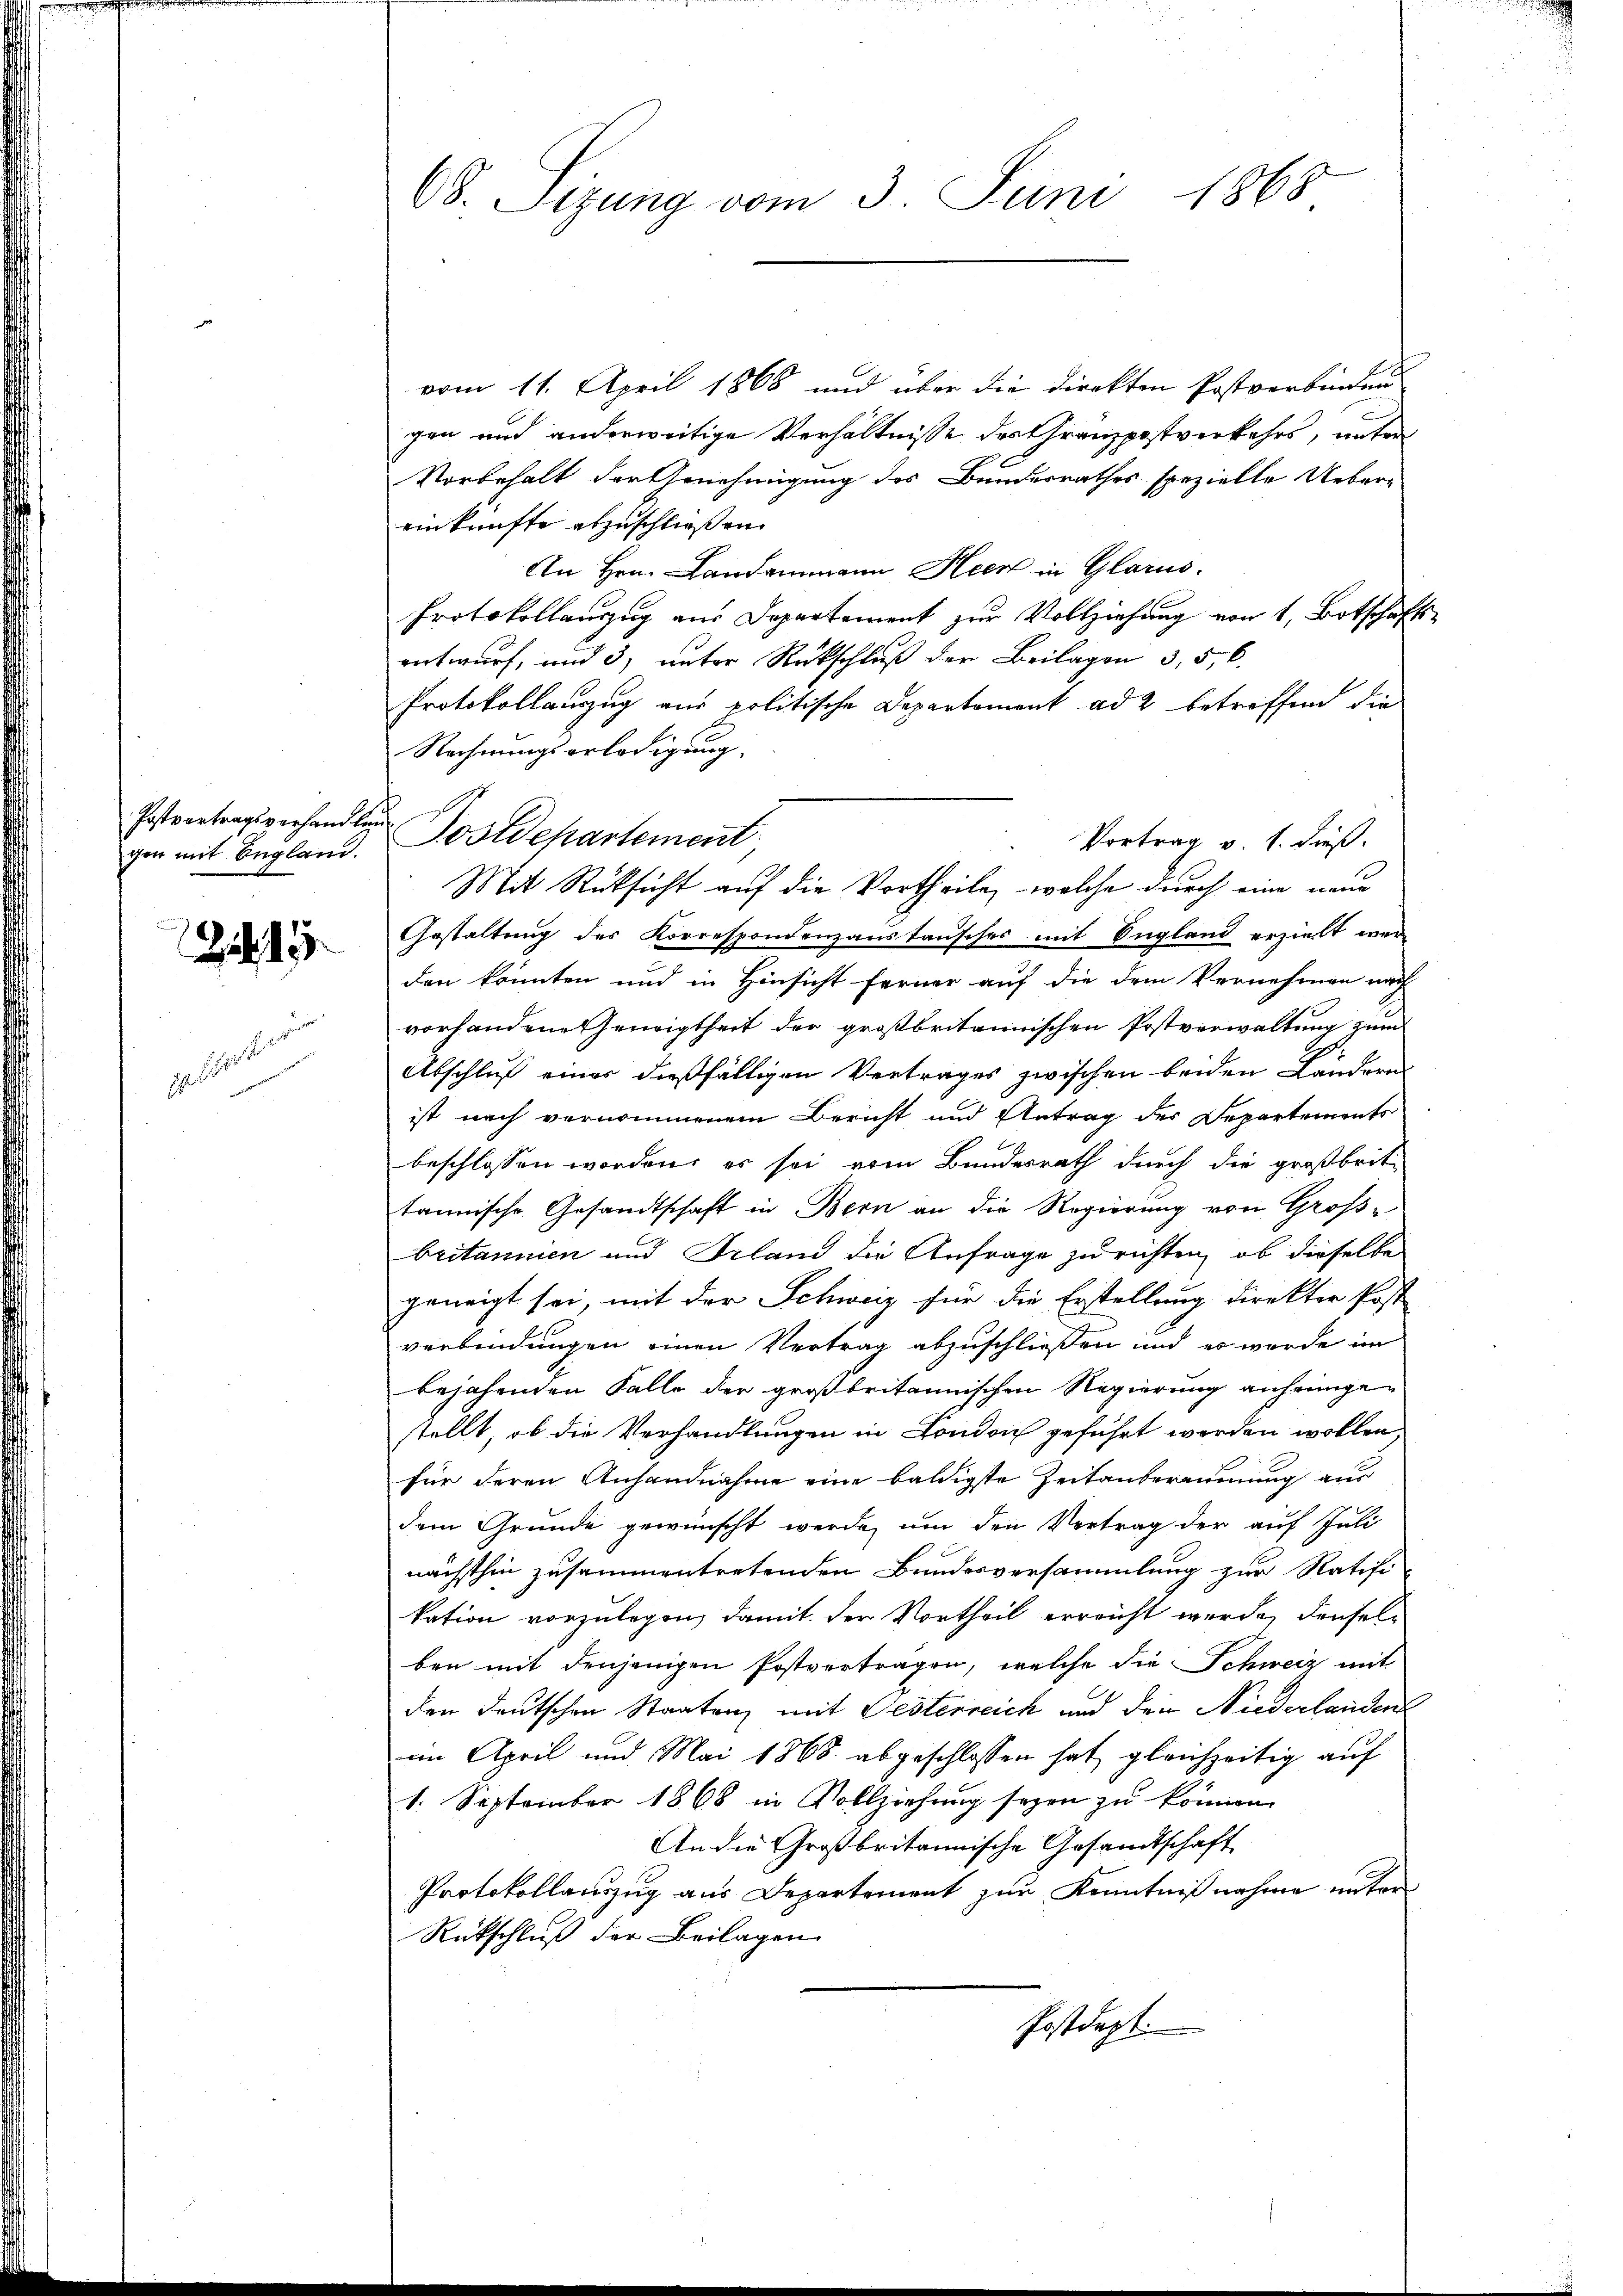
gen mit England.

12,15

geleister

68. Sitzung vom 3. Juni 1868

vom 11. April 1868 und über die direkten Postverbindung
gen und anderweitige Verhältnisse des Granzpostverkehrs, unter
Vorbehalt der Genehmigung des Bundesrathes spezielle Uebere
einkünfte abzuschließen.
An Hrn. Landammann Heck in Glarus.
Protokollauszug aus Departement zur Vollziehung von 1, Botschafts-
eertwurf, und 3, unter Rückschluß der Beilagen 3, 5, 6
Protokollauszug aus politische Departement ad 2 betreffend die
Rechnungserledigung.
Vortrag v. h. dieß.
Gestaltung des Korrespondenzaustausches mit England erzielt wer
den konnten und in Hinsicht ferner auf die dem Vernehmen nach
vorhandene Geneigtheit der großbritannischen Postverwaltung zum
G
Abschluß eines dießfälligen Vertrages zwischen beiden Ländern
ist nach vernommenem Bericht und Antrag des Departements
beschlossen worden, es sei vom Bundesrath durch die großbrittannische Gesandtschaft in Bern an die Regierung von Großbritanien und Irland die Anfrage zu richten, ob dieselbe
geneigt sei, mit der Schweiz für die Erstellung direkter Post
verbindungen einen Vertrag abzuschließen und es wurde im
bejahenden Falle der großbritannischen Regierung anheimgestellt, ob die Verhandlungen in London geführt werden wollen,
für deren Anhandnahme eine baldigste Zeitanberaumung aus
dem Grunde gewünscht werde, um den Vertrag der auf Juli
nächsthin zusammentretenden Bundesversammlung zur Ratifi
kation vorzulegen, damit der Vortheil erreicht wurde, denselben mit denjenigen Postvertragen, welche die Schweiz mit
den deutschen Staaten, mit Pesterreich und den Niederlandent
im April und Mai 1868 abgeschlossen hat, gleichzeitig auf
1. September 1868 in Vollziehung seyen zu können.
An die Großbritannische Gesandtschaft
Protokollauszug aus Departement zur Kenntnißnahme unter¬
Rückschluß der Beilagen
Postdept.

Postvortragsverhandlung Postdepartement

Mit Rücksicht auf die Vortheile, welche durch eine neue